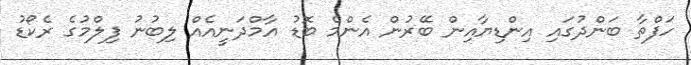
ހަފްތާ ބަންދުގައި އިންޑިޔާއިން ބޭރުން އެންމެ ބޮޑު އާމްދަނީއެއް ލިބުނު ފިލްމުގެ ރެކޯޑު